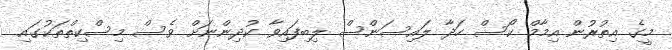
މީގެ އިތުރުން އިމާމް ކޯސް ހަދާ ލައިސަންސް ލިބިފައިވާ ކުދިންނަށް ވެސް މިސްކިތްތަކުގައި